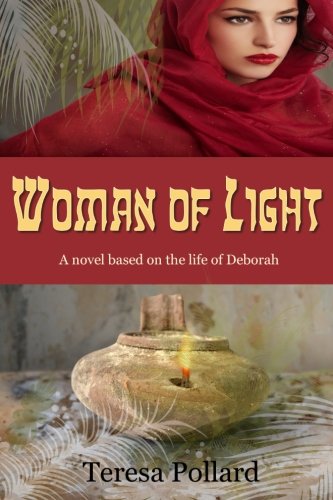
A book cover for Woman of Light: A novel based on the life of Deborah; Teresa Pollard; Christian Books & Bibles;